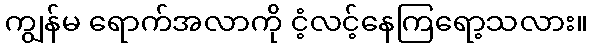
ကျွန်မ ရောက်အလာကို ငံ့လင့်နေကြရော့သလား။